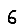
Digit: 6